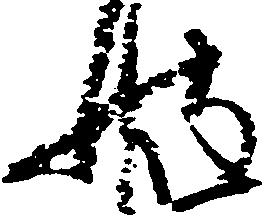
披